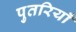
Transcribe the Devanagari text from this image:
पुतरियाँ